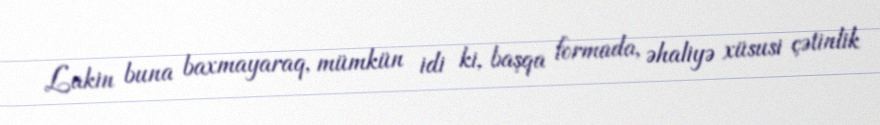
Lakin buna baxmayaraq, mümkün idi ki, başqa formada, əhaliyə xüsusi çətinlik